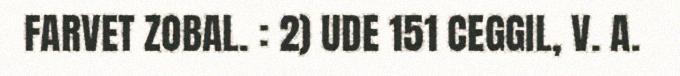
FARVET ZOBAL. : 2) UDE 151 CEGGIL, V. A.